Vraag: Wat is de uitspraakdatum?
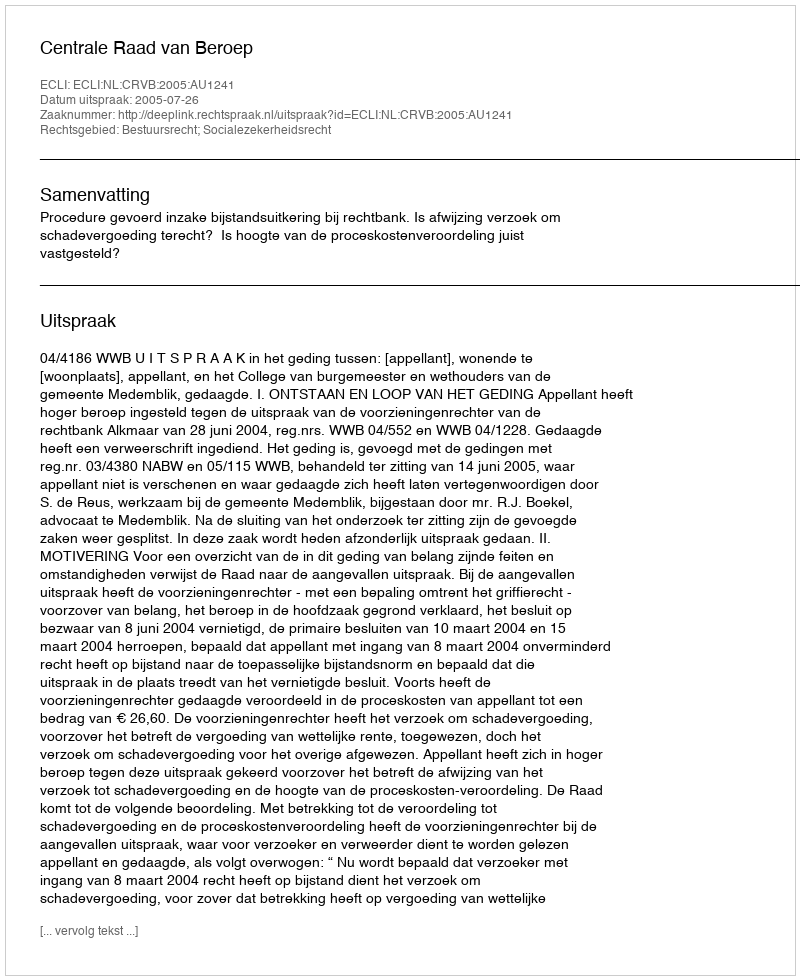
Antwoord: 2005-07-26